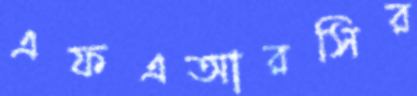
এফএআরসির